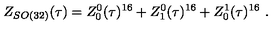
Z _ { S O ( 3 2 ) } ( \tau ) = Z _ { 0 } ^ { 0 } ( \tau ) ^ { 1 6 } + Z _ { 1 } ^ { 0 } ( \tau ) ^ { 1 6 } + Z _ { 0 } ^ { 1 } ( \tau ) ^ { 1 6 } \ .